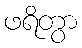
ဖရိတွာ